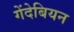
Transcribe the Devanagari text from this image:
गेंदेबियन